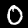
Digit: 0